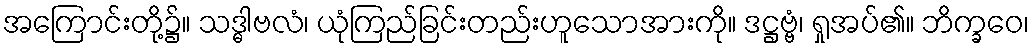
အကြောင်းတို့၌။ သဒ္ဓါဗလံ၊ ယုံကြည်ခြင်းတည်းဟူသောအားကို။ ဒဋ္ဌဗ္ဗံ၊ ရှုအပ်၏။ ဘိက္ခဝေ၊